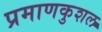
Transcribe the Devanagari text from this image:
प्रमाणकुशल